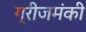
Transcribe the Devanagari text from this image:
ग्रीजमंकी